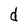
Character: d